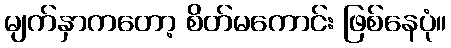
မျက်နှာကတော့ စိတ်မကောင်း ဖြစ်နေပုံ။